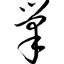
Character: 巢